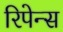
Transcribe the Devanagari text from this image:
रिपेन्स